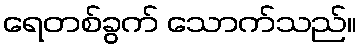
ရေတစ်ခွက် သောက်သည်။